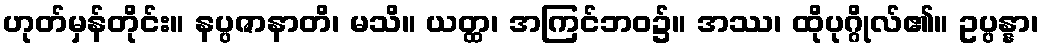
ဟုတ်မှန်တိုင်း။ နပ္ပဇာနာတိ၊ မသိ။ ယတ္ထ၊ အကြင်ဘဝ၌။ အဿ၊ ထိုပုဂ္ဂိုလ်၏။ ဥပ္ပန္နာ၊